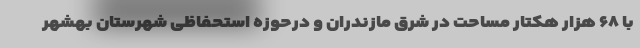
با ۶۸ هزار هکتار مساحت در شرق مازندران و درحوزه استحفاظی شهرستان بهشهر